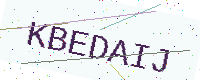
Text: KBEDAIJ